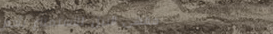
مقهى النيل للاستمتاع بأجم